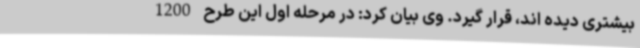
بیشتری دیده اند، قرار گیرد. وی بیان کرد: در مرحله اول این طرح 1200